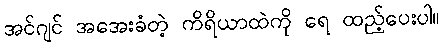
အင်ဂျင် အအေးခံတဲ့ ကိရိယာထဲကို ရေ ထည့်ပေးပါ။